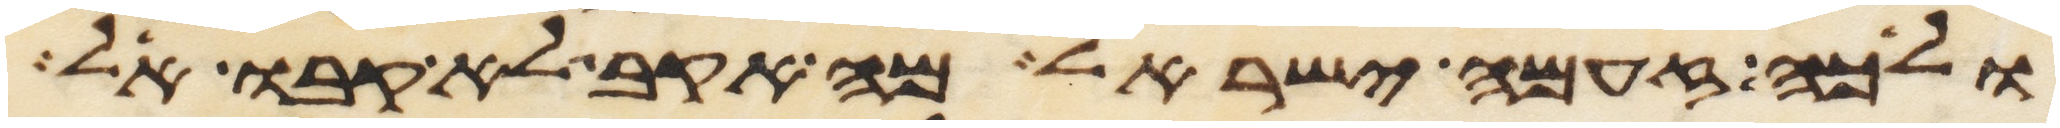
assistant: ולכה זעמה ישראל מה אקב לא קבו אל